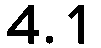
4.1